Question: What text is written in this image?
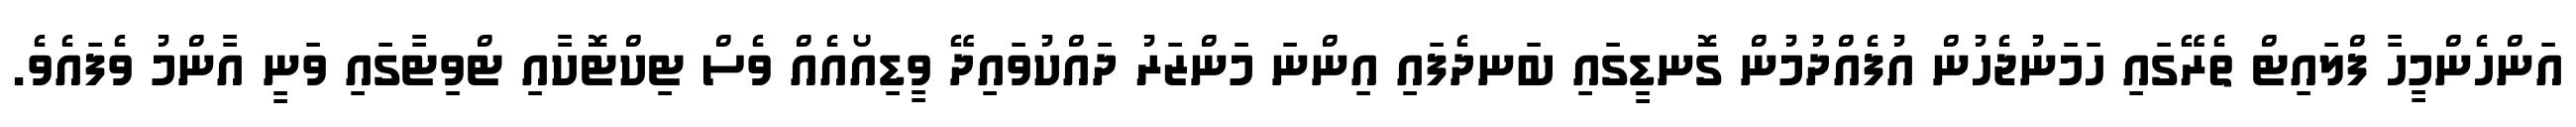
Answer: އަންހެންމީހާ ފްލައިޓް ތެރޭގައި ހަމަނުޖެހުން އުފެއްދުމުން ގޮނޑީގައި ބަނދެފައި އިންނަ މަންޒަރު ދައްކުވައިދޭ ވީޑިއޯއެއް ވެސް ޓިކްޓޮކާއި ޓްވިޓާގައި ވަނީ އާންމު ވެފައެވެ.